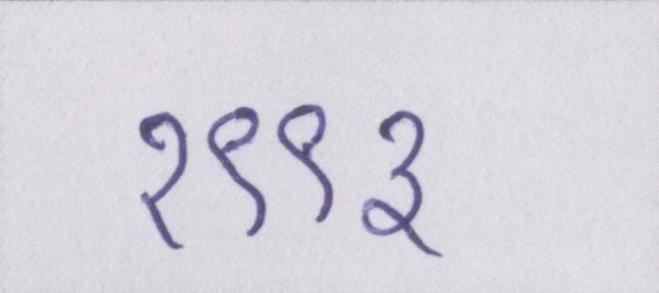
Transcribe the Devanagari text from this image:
१९९३